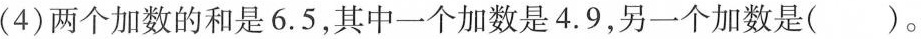
(4)两个加数的和是6.5，其中一个加数是4.9，另一个加数是()。